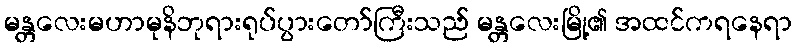
မန္တလေးမဟာမုနိဘုရားရုပ်ပွားတော်ကြီးသည် မန္တလေးမြို့၏ အထင်ကရနေရာ